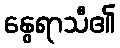
နွေရာသီ၏